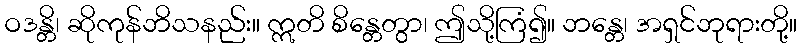
ဝဒန္တိ၊ ဆိုကုန်ဘိသနည်း။ ဣတိ စိန္တေတွာ၊ ဤသို့ကြံ၍။ ဘန္တေ၊ အရှင်ဘုရားတို့။